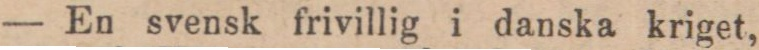
— En svensk frivillig i danska kriget,